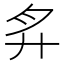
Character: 𢌳